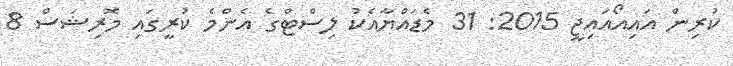
ކުރިން އައިއޯއައިޖީ 2015: 31 މެޑައްޔާއެކު ލިސްޓްގެ އެންމެ ކުރީގައި މޮރިޝަސް 8